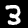
Digit: 3